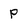
Character: p